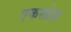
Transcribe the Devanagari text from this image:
एकस्प्रेज